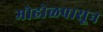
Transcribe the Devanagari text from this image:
मोहोळपासून